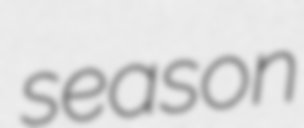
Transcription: season